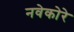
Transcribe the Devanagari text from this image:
नवेकोरे